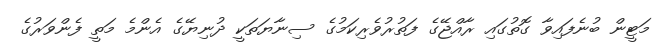
މަޓީން ބުނެފައިވާ ގޮތުގައި ރާއްޖޭގެ ފަތުރުވެރިކަމުގެ ސިނާޔަތަކީ ދުނިޔޭގެ އެންމެ މަތީ ފެންވަރުގެ